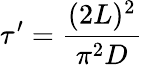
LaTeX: \tau^{\prime}=\frac{(2L)^{2}}{\pi^{2}D}